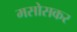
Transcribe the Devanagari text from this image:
मसोसकर